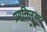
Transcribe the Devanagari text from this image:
प्रयुक्तिनुसार